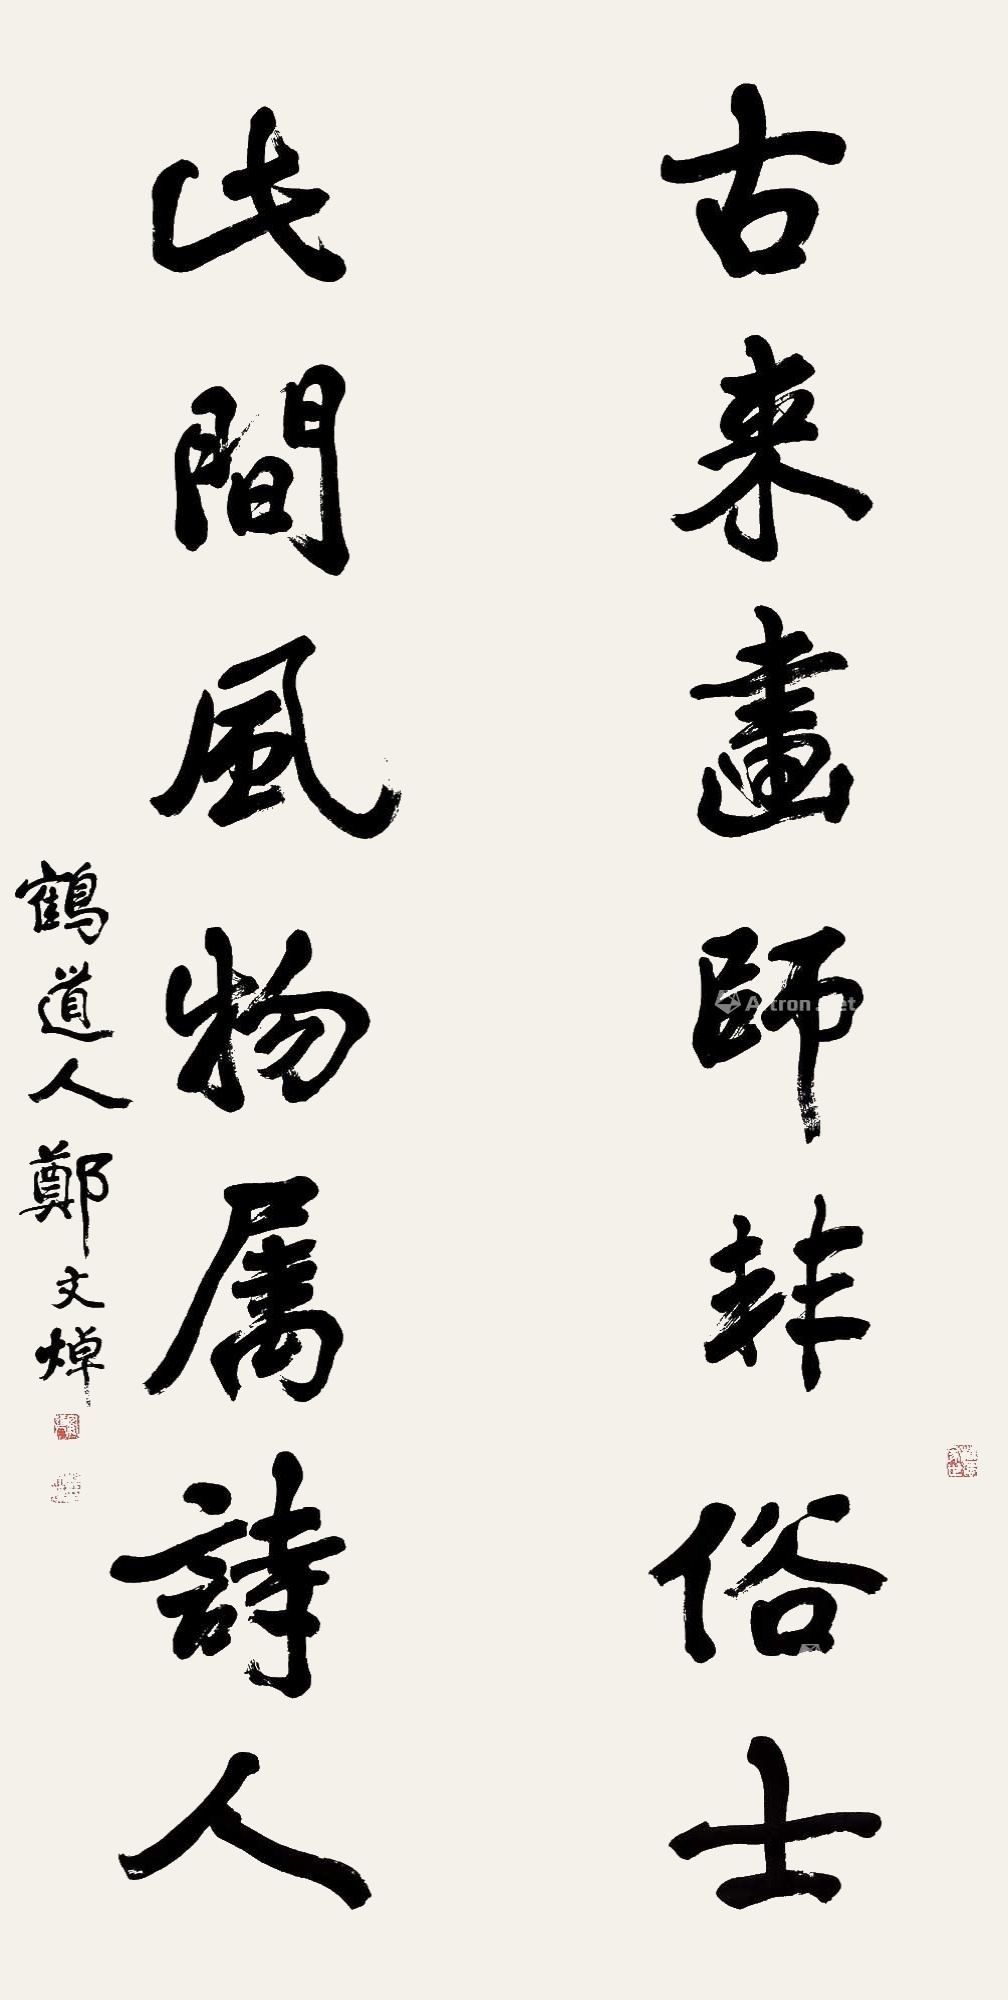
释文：古来画师非俗士，此间风物属诗人。鹤道人郑文焯。